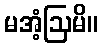
မအံ့ဩမိ။